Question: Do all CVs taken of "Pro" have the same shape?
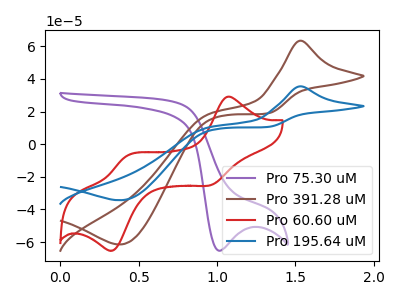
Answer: <think>The purple curve "Pro 75.30 uM" has a cathodic peak at: (1.00V, -65.30uA). The brown curve "Pro 391.28 uM" has an anodic peak at (1.55V, 63.35uA) and a cathodic peak at (0.40V, -61.45uA). The red curve "Pro 60.60 uM" has anodic peaks at (1.05V, 28.95uA) (0.40V, -7.20uA) and cathodic peaks at (0.95V, -24.85uA) (0.35V, -64.95uA). The blue curve "Pro 195.64 uM" has an anodic peak at (1.55V, 35.40uA) and a cathodic peak at (0.40V, -34.35uA).
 "Pro 75.30 uM" and "Pro 391.28 uM" have a different number of peaks. "Pro 75.30 uM" and "Pro 60.60 uM" have a different number of peaks. "Pro 75.30 uM" and "Pro 195.64 uM" have a different number of peaks. "Pro 391.28 uM" and "Pro 60.60 uM" have a different number of peaks. All the peaks in "Pro 391.28 uM" have a peak in "Pro 195.64 uM" at the same potential. Every peak in "Pro 391.28 uM" is higher than every peak in "Pro 195.64 uM". "Pro 60.60 uM" and "Pro 195.64 uM" have a different number of peaks.</think>
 <answer>All the CV's of "Pro" have similar shape.</answer>
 <eval>follow_rule</eval>